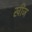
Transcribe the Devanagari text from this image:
खींज